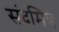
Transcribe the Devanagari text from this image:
संदमित्र